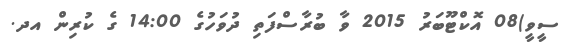
ސީވީ)08 އޮކްޓޫބަރު 2015 ވާ ބުރާސްފަތި ދުވަހުގެ 14:00 ގެ ކުރިން އދ.